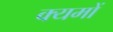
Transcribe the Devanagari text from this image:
क्यमों